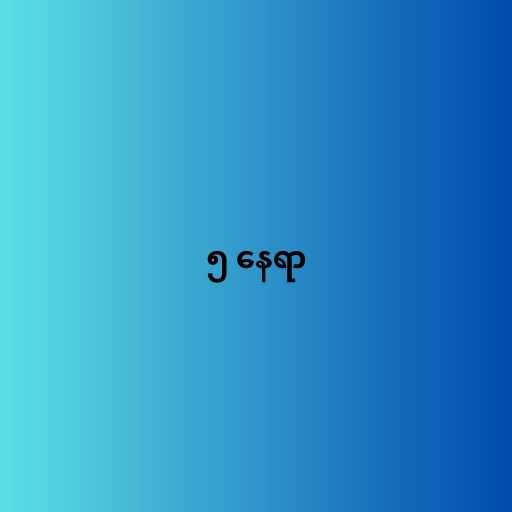
၅ နေရာ